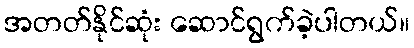
အတတ်နိုင်ဆုံး ဆောင်ရွက်ခဲ့ပါတယ်။